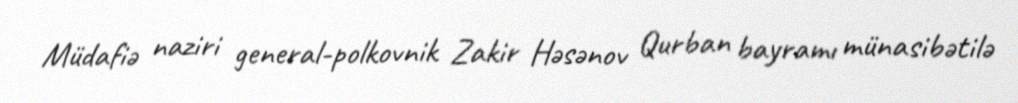
Müdafiə naziri general-polkovnik Zakir Həsənov Qurban bayramı münasibətilə